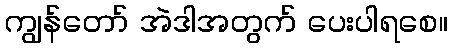
ကျွန်တော် အဲဒါအတွက် ပေးပါရစေ။